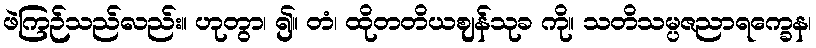
ဖဲကြဉ်သည်လည်း။ ဟုတွာ၊ ၍။ တံ၊ ထိုတတိယဈန်သုခ ကို။ သတိသမ္ပဇညာရက္ခေန၊